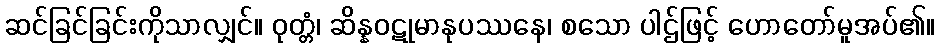
ဆင်ခြင်ခြင်းကိုသာလျှင်။ ဝုတ္တံ၊ ဆိန္နဝဋုမာနုပဿနေ၊ စသော ပါဌ်ဖြင့် ဟောတော်မူအပ်၏။